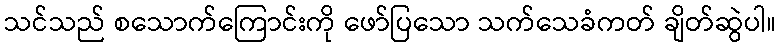
သင်သည် စသောက်ကြောင်းကို ဖော်ပြသော သက်သေခံကတ် ချိတ်ဆွဲပါ။